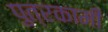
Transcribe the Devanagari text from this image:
पुत्रकामी